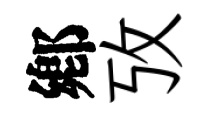
鄕攷